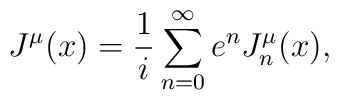
J^\mu (x)=\frac 1i\sum\limits_{n=0}^\infty e^nJ_n^\mu (x),